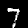
Digit: 7